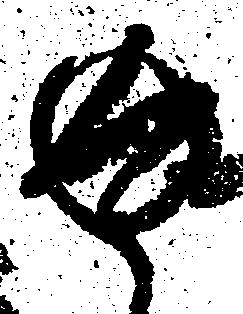
返